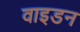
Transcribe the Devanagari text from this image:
वाइडन